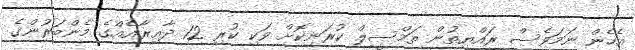
އެހެން ނަމަވެސް ރައްޔިތުން ތަމްސީލް ކުރަނިކޮށް ވަކި ކުރި 12 ދާއިރާއެއްގެ މެންބަރުންގެ